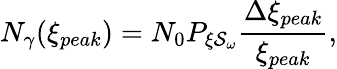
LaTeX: N_{\gamma}(\xi_{peak})=N_{0}P_{\xi\mathcal{S}_{\omega}}\frac{\Delta\xi_{peak}}{\xi_{peak}},